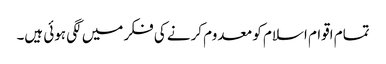
تمام اقوام اسلام کو معدوم کرنے کی فکر میں لگی ہوئی ہیں۔